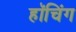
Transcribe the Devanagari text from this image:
हॉचिंग